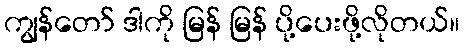
ကျွန်တော် ဒါကို မြန် မြန် ပို့ပေးဖို့လိုတယ်။